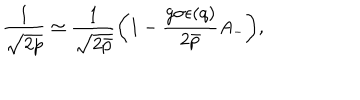
\frac { 1 } { \sqrt { 2 p } } \simeq \frac { 1 } { \sqrt { 2 \bar { p } } } \bigg ( 1 - \frac { g \sigma \epsilon ( q ) } { 2 \bar { p } } A _ { - } \bigg ) ,